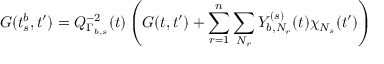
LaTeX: G ( t _ { s } ^ { b } , t ^ { \prime } ) = Q _ { \Gamma _ { b , s } } ^ { - 2 } ( t ) \left( G ( t , t ^ { \prime } ) + \sum _ { r = 1 } ^ { n } \sum _ { N _ { r } } Y _ { b , N _ { r } } ^ { ( s ) } ( t ) \chi _ { N _ { s } } ( t ^ { \prime } ) \right)